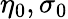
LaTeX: \eta_{0},\sigma_{0}